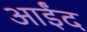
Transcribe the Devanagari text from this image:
आईंद